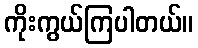
ကိုးကွယ်ကြပါတယ်။